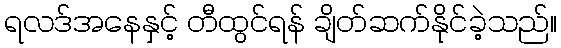
ရလဒ်အနေနှင့် တီထွင်ရန် ချိတ်ဆက်နိုင်ခဲ့သည်။